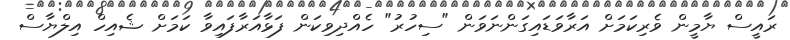
ރައީސް ޔާމީން ވެރިކަމަށް އަރާވަޑައިގަންނަވަން "ސިހުރު" ހެއްދިވިކަން ފަޅާއަރާފައިވާ ކަމަށް ޝެއިހް އިލްޔާސް